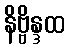
နိဗ္ဗိန္ဒထ